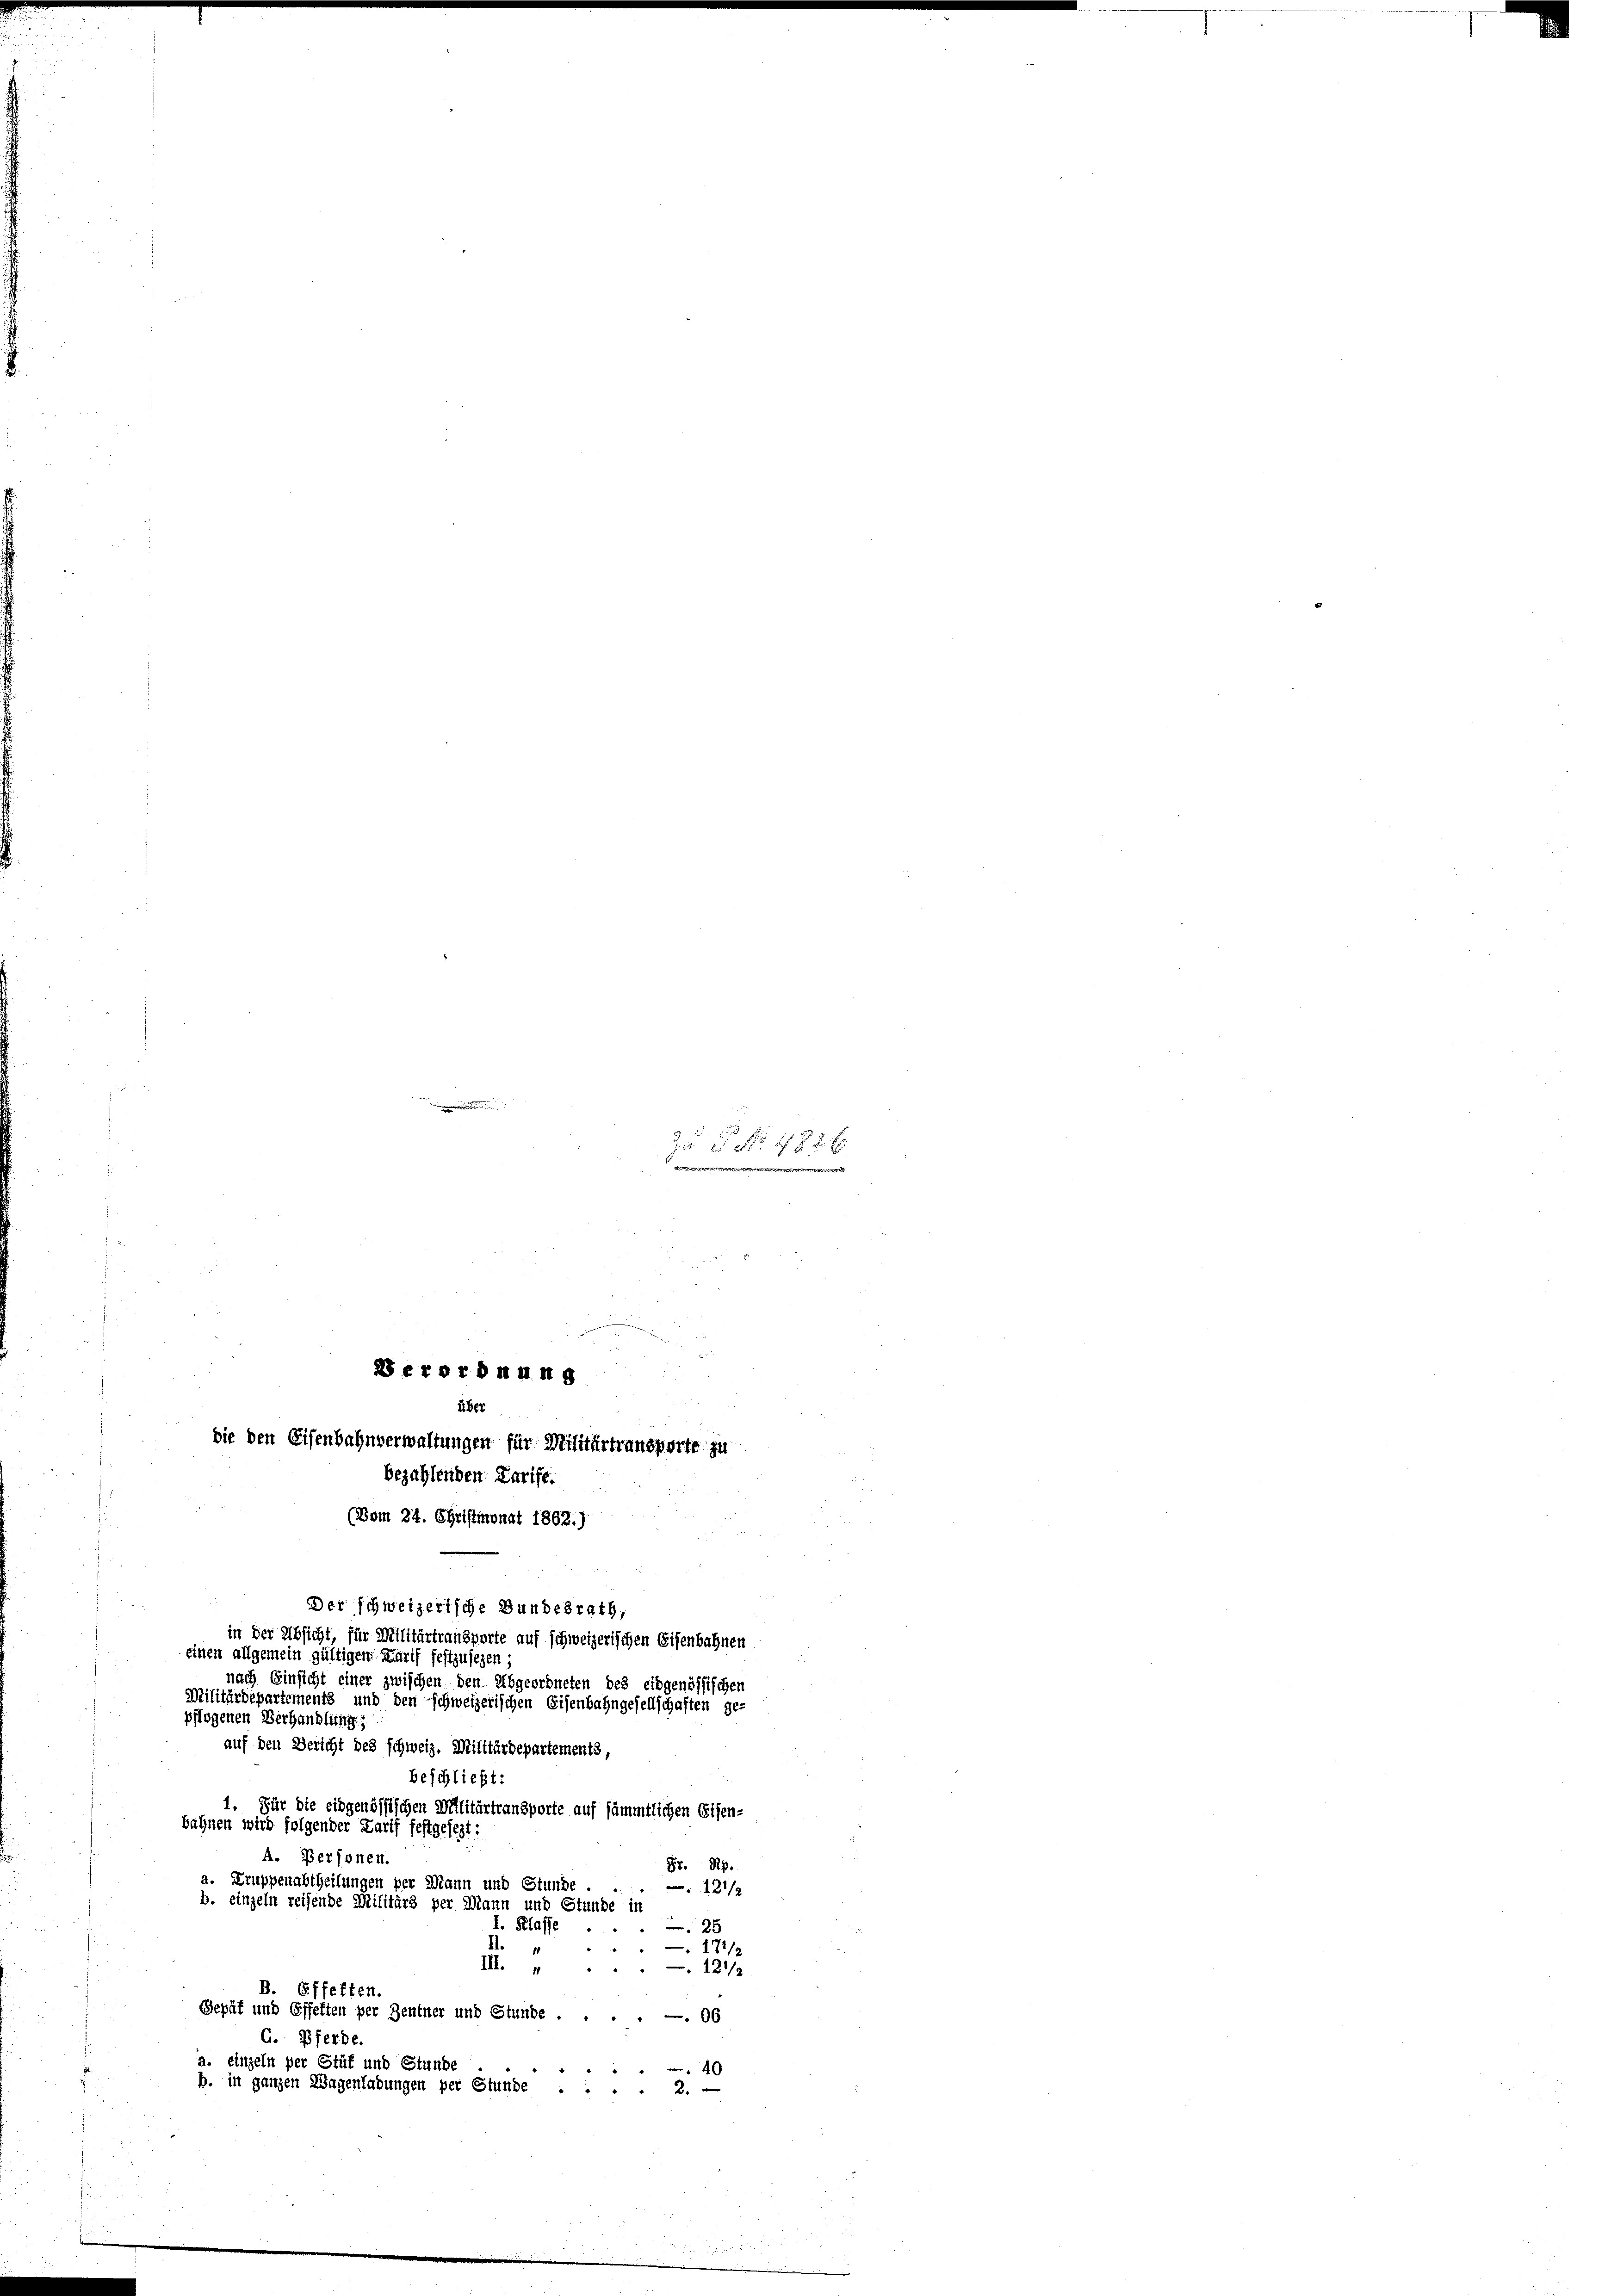
WEFOTDMUng
Über

die den Eisenbahnverwaltungen für Militärtransporte zu
bezahlenden Tarife.
(Vom 24. Christmonat 1862.)
u
Der schweizerische Bundesrath,
in der Absicht, für Militärtransporte auf schweizerischen Eisenbahnen
einen allgemein gültigen Karif festzusehen
nach Einsicht einer zwischen den Abgeordneten des eidgenössischen
Militärdepartements und den schweizerischen Eisenbahngesellschaften ge-
pflogenen Verhandlung.
auf den Bericht des schweiz. Militärdepartements,
beschließt:
1. Für die eidgenössischen Militärtransporte auf sämmtlichen Eisen-
bahnen wird folgender Karif festgesezt:
A. Personen.
Fr. Rp.
a. Truppenabtheilungen per Mann und Stunde
12 1/2
b. einzeln reisende Militärs per Mann und Stunde in
I. Klasse
25
II.
171/2
.
III. „ . . . . 121/9
B. Effetten.
Gepät und Offeften per Zentner und Stunde.06
G. Pferde.
a. einzeln per Stük und Stunde
4
b. in ganzen Wagenladungen per Stunde .... 2. —

Zu No 482 x